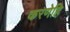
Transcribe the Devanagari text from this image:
करणेहि